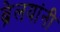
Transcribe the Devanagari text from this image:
ब्रेलयांनी